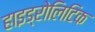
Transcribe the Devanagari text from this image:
हाइड्रोलिटिक